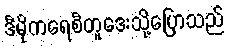
ဒီမိုကရေစီတူဒေးသို့ပြောသည်